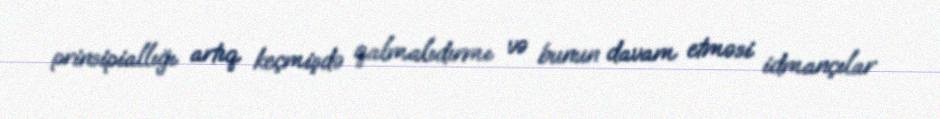
prinsipiallığı artıq keçmişdə qalmalıdırmı və bunun davam etməsi idmançılar